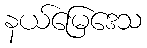
နယ်မြေဒေသ